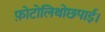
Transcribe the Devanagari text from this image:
फ़ोटोलिथोछपाई।